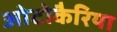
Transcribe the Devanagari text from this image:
ओटोकैरिया